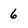
Character: 6